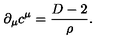
\partial _ { \mu } c ^ { \mu } = \frac { D - 2 } { \rho } .